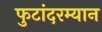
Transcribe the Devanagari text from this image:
फुटांदरम्यान